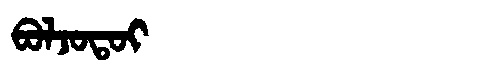
Manchu: ᠪᠣᠯᠵᠣᡨᠣᡳ
Romanization: BOLJOTOI